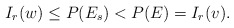
\begin{align*}I_r(w)\le P(E_s)< P(E)=I_r(v).\end{align*}